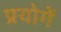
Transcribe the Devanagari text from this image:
प्रयोगें